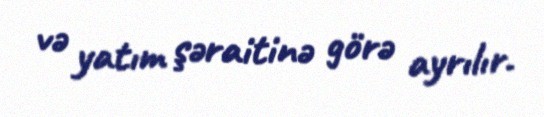
və yatım şəraitinə görə ayrılır.